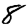
Digit: 8